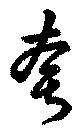
夸